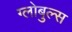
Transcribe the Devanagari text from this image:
ग्लोबुल्स